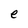
Character: e